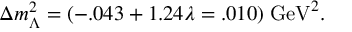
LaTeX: \Delta m _ { \Lambda } ^ { 2 } = ( - . 0 4 3 + 1 . 2 4 \lambda = . 0 1 0 ) \; \mathrm { G e V } ^ { 2 } .